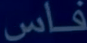
فاس